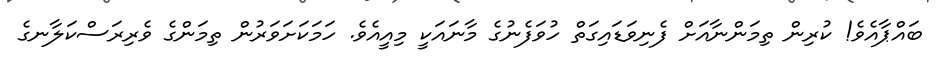
ބައްޕާއެވެ! ކުރިން ތިމަންނާއަށް ފެނިވަޑައިގަތް ހުވަފެނުގެ މާނައަކީ މިއީއެވެ. ހަމަކަށަވަރުން ތިމަންގެ ވެރިރަސްކަލާނގެ